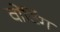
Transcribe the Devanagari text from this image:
वोंटिंग